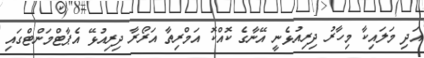
އަދި މަލައިކާ މިހާރު ދިރިއުޅެނީ އޭނާގެ ކޮއްކޮ އަމްރިތާ އަރޯރާ ދިރިއުޅޭ އެޕާޓްމަންޓްގައި